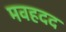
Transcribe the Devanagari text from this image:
मवहदद